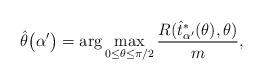
LaTeX: \begin{align*} \hat {\theta} \bigl(\alpha'\bigr)= \arg\max_{ 0 \le\theta\le\pi/2 } \frac{R( \hat {t}^*_{\alpha' } (\theta), \theta)} m,\end{align*}